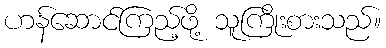
ဟန်ဆောင်ကြည့်ဖို့ သူကြိုးစားသည်။